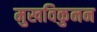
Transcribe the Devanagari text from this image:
मुखविकुनन